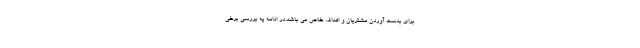
برای بدست آوردن مشتریان و اهداف خاص می باشد.در ادامه یه بررسی برخی